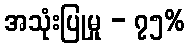
အသုံးပြုမှု - ၇၅%